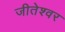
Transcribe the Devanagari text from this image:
जीतेश्वर